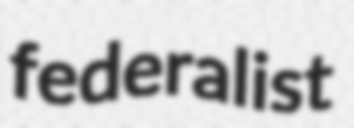
federalist